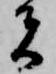
者